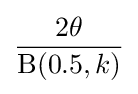
{\frac {2\theta }{\mathrm {B} (0.5,k)}}